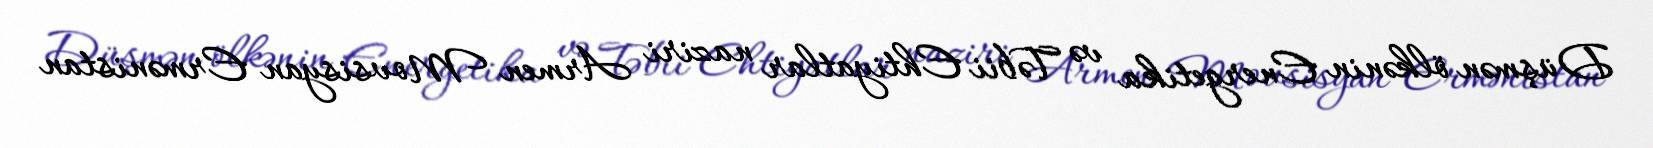
Düşmən ölkənin Energetika və Təbii Ehtiyatlar naziri Armen Movsisyan Ermənistan